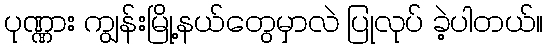
ပုဏ္ဏား ကျွန်းမြို့နယ်တွေမှာလဲ ပြုလုပ် ခဲ့ပါတယ်။